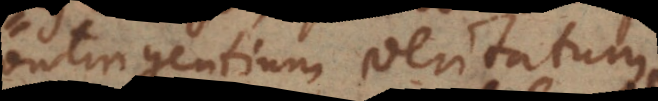
contingentium veritatum.